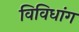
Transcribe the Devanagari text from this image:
विविधांग